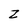
Character: Z